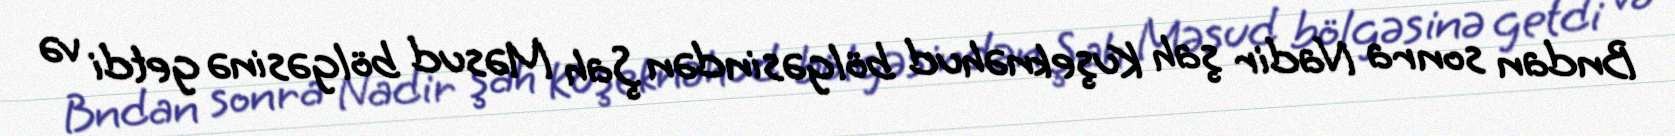
Bndan sonra Nadir şah Kuşeknəhud bölgəsindən Şah Məsud bölgəsinə getdi və